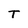
Character: T